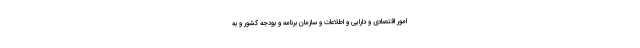
امور اقتصادی و دارایی و اطلاعات و سازمان برنامه و بودجه کشور و به